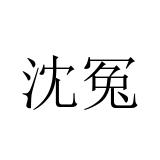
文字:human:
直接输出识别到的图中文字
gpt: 沈冤